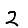
Digit: 2